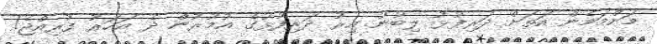
މަންމަމެން އަތަށް ދަރިފުޅު ލިބުނު އިރު ދަރިފުޅުގެ އުމުރުން ދެ އަހަރު ފުރިއްޖެ!